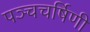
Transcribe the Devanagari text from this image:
पञ्चचर्षिणी